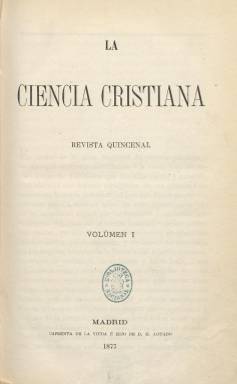
Título: La Ciencia cristiana
Colección: Religión
Ámbito geográfico: Madrid
Lugar de publicación: Madrid
Fechas: 01/01/1877-31/12/1886

De periodicidad quincenal y con cerca de 100 página por número, esta revista se caracterizó desde su aparición en 1877 hasta su cierre en 1886 por defender la fe cristiana de las corrientes de pensamiento moderno que se abrían paso en Europa, como el krausismo, el positivismo y el evolucionismo.

  Como otras publicaciones católicas, se opuso a la libertad religiosa que consagró la Constitución de 1876, pese a que la religión católica seguía siendo la del Estado, y de la mano de su director, Juan Manuel Ortí y Lara, abogó por combatir la ciencia moderna con la ciencia cristiana para lo cual, tal y como preconizaba el Papa Leon XIII en su encíclica ‘Aeterni Patris’,  rescató la filosofía de Santo Tomás de Aquino del siglo XIII, rebautizada como neotomismo.

   Ortí y Lara, catedrático de metafísica en la Universidad Central de Madrid, atacó el krausismo, filosofía traída a España de la mano de Julián Sanz del Río y que por sus planteamientos pedagógicos ajenos a cualquier dogma suponía una amenaza al monopolio docente que ostentaba la Iglesia católica. Fruto del krausismo fue la fundación de la Institución Libre de Enseñanza.

  La revista se estructuraba en tres secciones, una primera de artículos doctrinales, otra de reseña de libros y una tercera y última de variedades con asuntos de menor profundidad. En 1882, La Ciencia cristiana se vio obligada al cierre por la presión del Gobierno liberal de Sagasta, aunque reabrió un año después tras absorber otra publicación católica: la Revista religiosa de El Siglo Futuro.

      Entre los colaboradores de la revista figura de forma destacada la escritora Emilia Pardo Bazán, quien criticó la teoría de la evolución de Darwin en dos artículos aparecidos en 1877 y 1878. En el primero de ellos ‘Reflexiones Científicas contra el Darwinismo’ suscribe la opinión del padre Secchi, director del Observatorio Romano: “Algunas personas supondrán que combatimos precisamente el darwinismo por motivos religiosos, mas no es así. La cuestión aquí es puramente científica: combatimos esta teoría porque carece de pruebas directas para ser racional y empíricamente establecida”.

  En el segundo artículo, rechazando la idea de que el hombre pueda provenir del mono, Pardo Bazán señala: “Digan lo que quieran los que se empeñan en estudiar las razas humanas como se estudia una raza de conejos o de merinos, el hombre, ya se cubra con la librea de la civilización, ya pinte en sus desnudas carnes los jeroglíficos del salvaje, es siempre un ser aparte de todos los demás seres”

    Próxima ya al cierre, en el número 80 del año 1886, la publicación rinde homenaje al primer obispo de la diócesis madrileña, Narciso Martínez Izquierdo, asesinado el Domingo de Ramos de tres disparos de revólver a la puerta de San Isidro el Real, a la sazón catedral de Madrid, por un cura víctima de la reforma del clero que el obispo auspiciaba.

     Más información sobre esta publicación puede encontrarse en el estudio que de la misma hizo Alberto Vázquez Bragado y que fue publicado en el número 71, año 2010, de la revista Llull, disponible a texto completo en Dialnet.

[Descripción publicada el 5/6/2018]